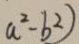
a ^ { 2 } - b ^ { 2 } )